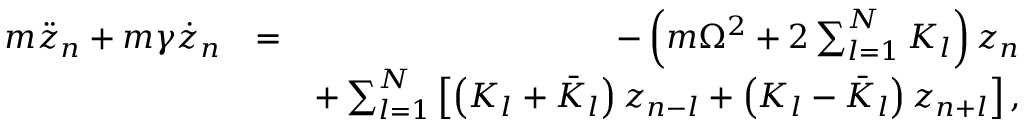
\begin{array} { r l r } { m \ddot { z } _ { n } + m \gamma \dot { z } _ { n } } & { = } & { - \left( m \Omega ^ { 2 } + 2 \sum _ { l = 1 } ^ { N } K _ { l } \right) z _ { n } } \\ & { } & { + \sum _ { l = 1 } ^ { N } \left[ \left( K _ { l } + \bar { K } _ { l } \right) z _ { n - l } + \left( K _ { l } - \bar { K } _ { l } \right) z _ { n + l } \right] , } \end{array}